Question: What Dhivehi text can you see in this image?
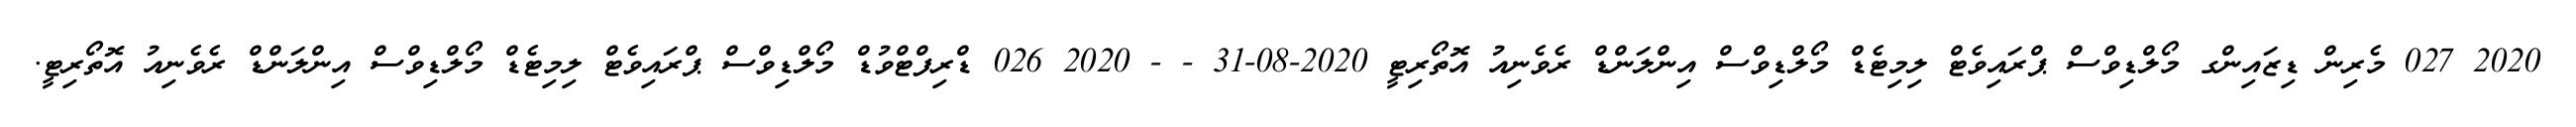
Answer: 2020 027 މެރިން ޑިޒައިންގ މޯލްޑިވްސް ޕްރައިވެޓް ލިމިޓެޑް މޯލްޑިވްސް އިންލަންޑް ރެވެނިއު އޮތޯރިޓީ 2020-08-31 - - 2020 026 ޑްރިފްޓްވުޑް މޯލްޑިވްސް ޕްރައިވެޓް ލިމިޓެޑް މޯލްޑިވްސް އިންލަންޑް ރެވެނިއު އޮތޯރިޓީ.